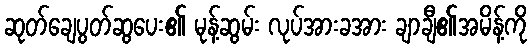
ဆုတ်ချေပွတ်ဆွပေး၏ မုန့်ဆွမ်း လုပ်အားခအား ချာချီ၏အမိန့်ကို